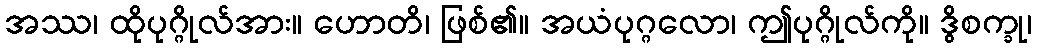
အဿ၊ ထိုပုဂ္ဂိုလ်အား။ ဟောတိ၊ ဖြစ်၏။ အယံပုဂ္ဂလော၊ ဤပုဂ္ဂိုလ်ကို။ ဒွိစက္ခု၊